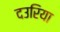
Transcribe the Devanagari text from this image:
दउरिया